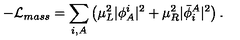
- { \cal L } _ { m a s s } = \sum _ { i , A } \left( \mu _ { L } ^ { 2 } \vert \phi _ { A } ^ { i } \vert ^ { 2 } + \mu _ { R } ^ { 2 } \vert { \bar { \phi } } _ { i } ^ { A } \vert ^ { 2 } \right) .